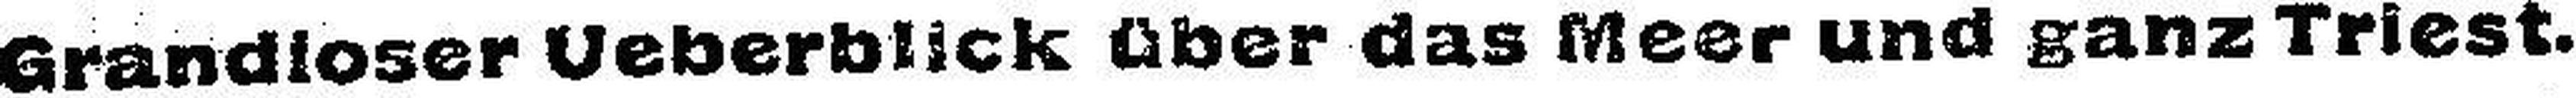
Grandioser Ueberblick über das Meer und ganz Triest.